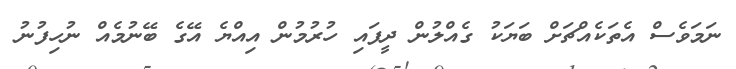
ނަމަވެސް އެތަކެއްޗަށް ބަޔަކު ގެއްލުން ދީފައި ހުރުމުން އިއްޔެ އޭގެ ބޭނުމެއް ނުހިފުނު